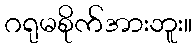
ဂရုမစိုက်အားဘူး။